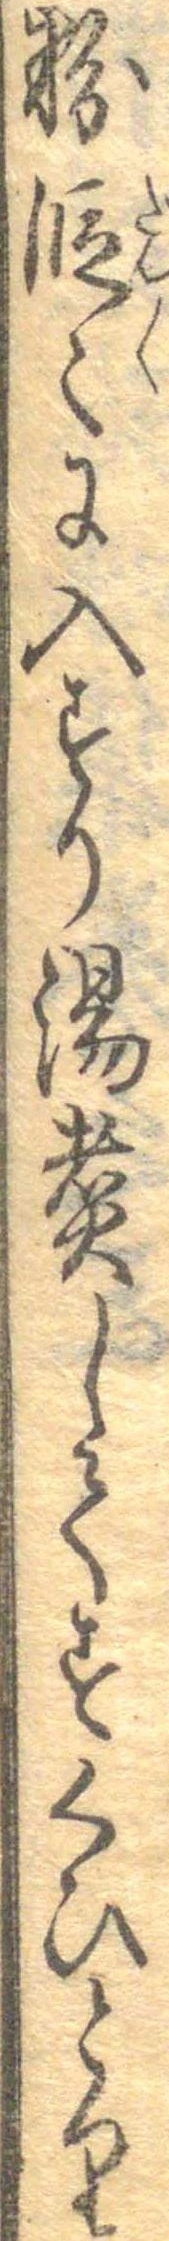
粉段々に入すり湯煮してすくひとり